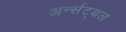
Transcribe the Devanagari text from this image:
अर्न्सट्थल